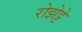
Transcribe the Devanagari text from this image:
रोझेट्टे